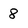
Character: 8